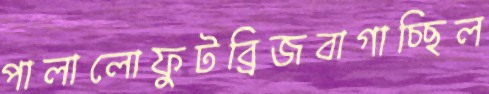
পালালোফুটব্রিজবাগাচ্ছিল